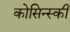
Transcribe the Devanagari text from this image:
कोसिन्स्की